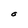
Character: O